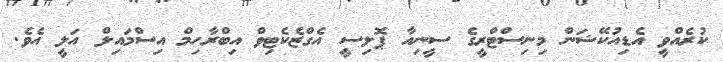
ކުރެއްވީ އެޑިއުކޭޝަން މިނިސްޓްރީގެ ސީނިއާ ޕޮލިސީ އެގްޒެކެޓިވް އިބްރާހިމް އިސްމައިލް އަލީ އެވެ.